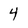
Character: 4